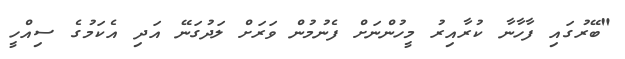
"ބޭރުގައި ފާހާނާ ކުރާއިރު މީހުންނަށް ފެނުމުން ވަރަށް ލަދުގަނޭ އަދި އެކަމުގެ ސިއްހީ